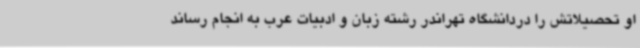
او تحصیلاتش را دردانشگاه تهراندر رشته زبان و ادبیات عرب به انجام رساند